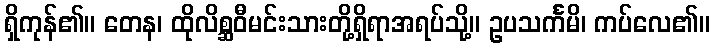
ရှိကုန်၏။ တေန၊ ထိုလိစ္ဆဝီမင်းသားတို့ရှိရာအရပ်သို့။ ဥပသင်္ကမိ၊ ကပ်လေ၏။